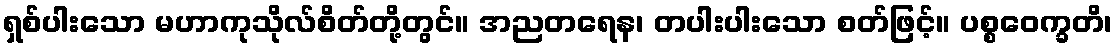
ရှစ်ပါးသော မဟာကုသိုလ်စိတ်တို့တွင်။ အညတရေန၊ တပါးပါးသော စတ်ဖြင့်။ ပစ္စဝေက္ခတိ၊